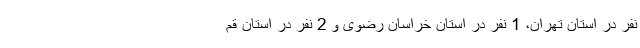
نفر در استان تهران، 1 نفر در استان خراسان رضوی و 2 نفر در استان قم